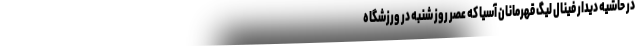
در حاشیه دیدار فینال لیگ قهرمانان آسیا که عصر روز شنبه در ورزشگاه